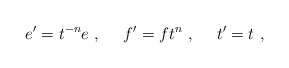
\begin{align*}e'=t^{-n}e~,~~~~f'=ft^n~,~~~~t'=t~,\end{align*}